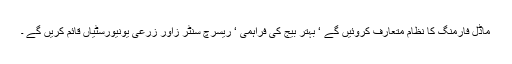
ماڈل فارمنگ کا نظام متعارف کروئیں گے ‘ بہتر بیج کی فراہمی ‘ ریسرچ سنٹر زاور زرعی یونیورسٹیاں قائم کریں گے ۔